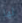
لها